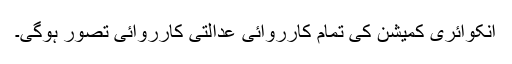
انکوائری کمیشن کی تمام کارروائی عدالتی کارروائی تصور ہوگی۔